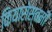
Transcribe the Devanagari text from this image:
कियारोस्तमी